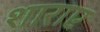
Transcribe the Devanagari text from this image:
शाराए